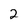
Character: 2